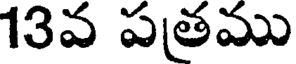
13వ పతము